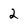
Character: 2